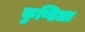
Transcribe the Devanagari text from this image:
कुण्डिला